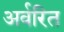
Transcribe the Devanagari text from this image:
अर्वरित